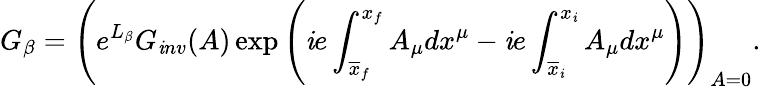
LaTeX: G_{\beta}=\left(e^{L_{\beta}}G_{\mathit{i}nv}(A)\exp\left(\mathit{i}e\int_{\overline{{{{x}}}}_{f}}^{x_{f}}A_{\mu}dx^{\mu}-\mathit{i}e\int_{\overline{{{{x}}}}_{\mathit{i}}}^{x_{\mathit{i}}}A_{\mu}dx^{\mu}\right)\right)_{A=0}.